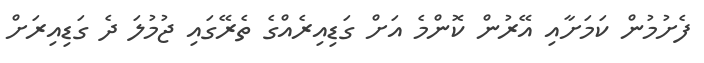
ފެށުމުން ކަމަށާއި އޭރުން ކޮންމެ އަށް ގަޑިއިރެއްގެ ތެރޭގައި ޖުމުލަ ދެ ގަޑިއިރަށް